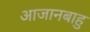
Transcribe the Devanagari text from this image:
आजानबाहु